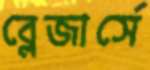
ব্লেজার্সে